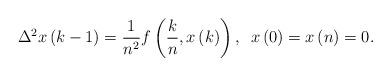
LaTeX: \begin{align*}\Delta ^{2}x\left( k-1\right) =\frac{1}{n^{2}}f\left( \frac{k}{n},x\left(k\right) \right) ,\,\,\,x\left( 0\right) =x\left( n\right) =0.\end{align*}